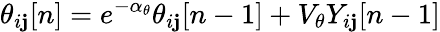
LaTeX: \theta_{i\mathbf{j}}[n]=e^{-\alpha_{\theta}}\theta_{i\mathbf{j}}[n-1]+V_{\theta}Y_{i\mathbf{j}}[n-1]